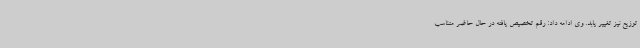
توزیع نیز تغییر یابد. وی ادامه داد: رقم تخصیص یافته در حال حاضر متناسب